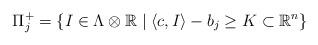
LaTeX: \begin{align*} \Pi_j^+ = \{I\in \Lambda\otimes \mathbb{R}\mid \langle c,I\rangle-b_j\ge K \subset \mathbb{R}^n\} \end{align*}